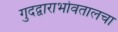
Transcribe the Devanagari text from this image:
गुदद्वाराभोवतालचा